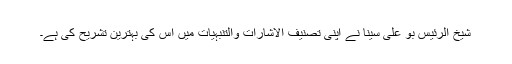
شیخ الرئیس بو علی سینا نے اپنی تصنیف الاشارات والتنبہیات میں اِس کی بہترین تشریح کی ہے۔